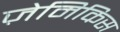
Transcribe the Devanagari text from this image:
ज़ेमिकिस